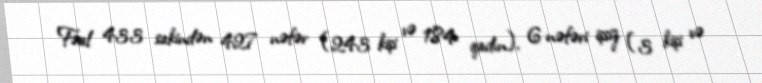
Fəal 433 sakindən 427 nəfər (243 kişi və 184 qadın), 6 nəfəri işsiz (3 kişi və